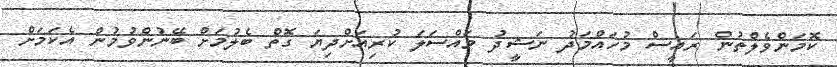
ކޮމަންވެލްތުން ރައީސް މުހައްމަދު ނަޝީދު މައްސަލަ ކުރިއަށްދިޔަ ގޮތް ބެލުމަށް ބޭނުންވުމުން އެކަމަށް